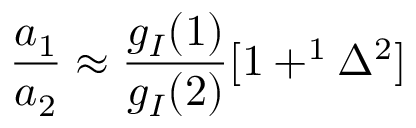
\frac { a _ { 1 } } { a _ { 2 } } \approx { \frac { g _ { I } { ( 1 ) } } { g _ { I } { ( 2 ) } } { [ 1 + ^ { 1 } \Delta ^ { 2 } ] } }